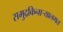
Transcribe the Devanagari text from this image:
समुद्रकिनार्‍यालगत